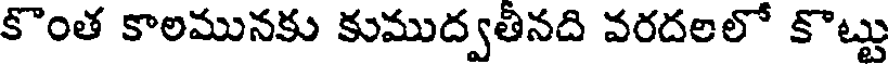
కొంత కాలమునకు కుముద్వతీనది వరదలలో కొట్టు